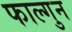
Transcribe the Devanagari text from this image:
फाल्‍गुन